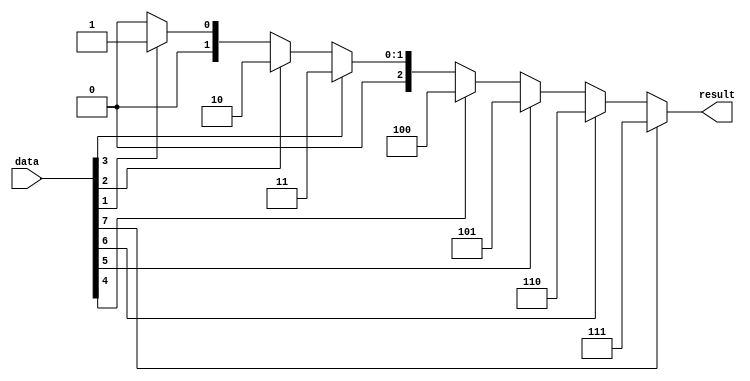
module coder(
	input 	[7:0] data,
	output	[2:0] result
);

	assign result = (data[7]) ? 7 : 
			((data[6]) ? 6 : 
			((data[5]) ? 5 : 
			((data[4]) ? 4 : 
			((data[3]) ? 3 : 
			((data[2]) ? 2 : 
			((data[1]) ? 1 : 0))))));	

endmodule